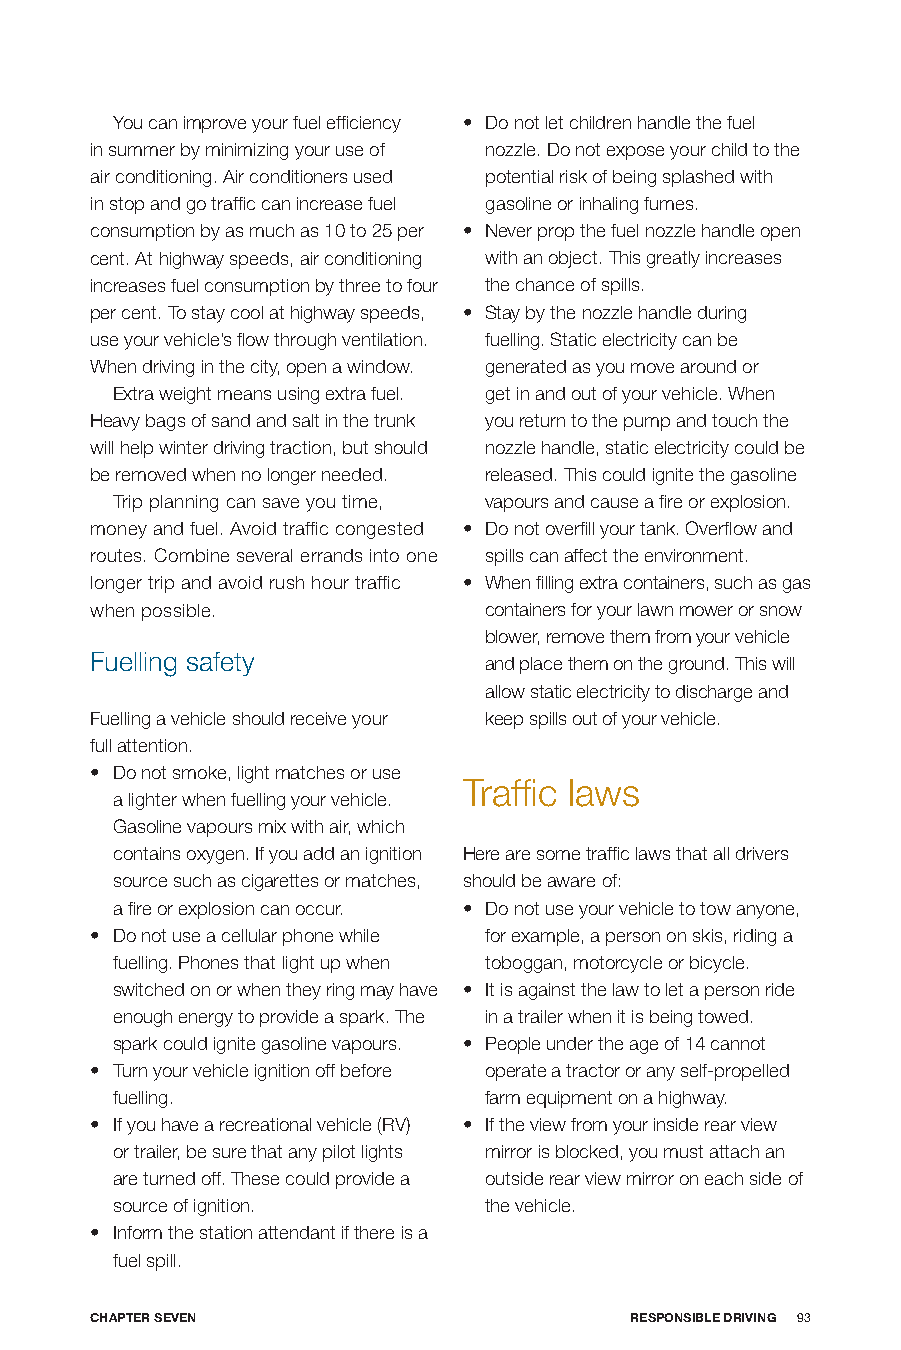
You can improve your fuel efficiency • Do not let children handle the fuel
 in summer by minimizing your use of nozzle. Do not expose your child to the
 air conditioning. Air conditioners used potential risk of being splashed with
 in stop and go traffic can increase fuel gasoline or inhaling fumes.
 consumption by as much as 10 to 25 per • Never prop the fuel nozzle handle open
 cent. At highway speeds, air conditioning with an object. This greatly increases
 increases fuel consumption by three to four the chance of spills.
 per cent. To stay cool at highway speeds, • Stay by the nozzle handle during
 use your vehicle’s flow through ventilation. fuelling. Static electricity can be
 When driving in the city, open a window. generated as you move around or
 Extra weight means using extra fuel. get in and out of your vehicle. When
 Heavy bags of sand and salt in the trunk you return to the pump and touch the
 will help winter driving traction, but should nozzle handle, static electricity could be
 be removed when no longer needed. released. This could ignite the gasoline
 Trip planning can save you time, vapours and cause a fire or explosion.
 money and fuel. Avoid traffic congested • Do not overfill your tank. Overflow and
 routes. Combine several errands into one spills can affect the environment.
 longer trip and avoid rush hour traffic • When filling extra containers, such as gas
 when possible.            containers for your lawn mower or snow
 blower, remove them from your vehicle
 Fuelling safety           and place them on the ground. This will
 allow static electricity to discharge and
 Fuelling a vehicle should receive your keep spills out of your vehicle.
 full attention.
 • Do not smoke, light matches or use
 Traffic laws
 a lighter when fuelling your vehicle.
 Gasoline vapours mix with air, which
 contains oxygen. If you add an ignition Here are some traffic laws that all drivers
 source such as cigarettes or matches, should be aware of:
 a fire or explosion can occur. • Do not use your vehicle to tow anyone,
 • Do not use a cellular phone while for example, a person on skis, riding a
 fuelling. Phones that light up when toboggan, motorcycle or bicycle.
 switched on or when they ring may have • It is against the law to let a person ride
 enough energy to provide a spark. The in a trailer when it is being towed.
 spark could ignite gasoline vapours. • People under the age of 14 cannot
 • Turn your vehicle ignition off before operate a tractor or any self-propelled
 fuelling.                farm equipment on a highway.
 • If you have a recreational vehicle (RV) • If the view from your inside rear view
 or trailer, be sure that any pilot lights mirror is blocked, you must attach an
 are turned off. These could provide a outside rear view mirror on each side of
 source of ignition.      the vehicle.
 • Inform the station attendant if there is a
 fuel spill.
 CHApTER SEVEn                       RESponSIbLE DRIVInG 93